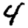
Digit: 4